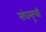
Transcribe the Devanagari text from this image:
संघसूची